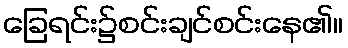
ခြေရင်း၌စင်းချင်စင်းနေ၏။